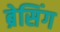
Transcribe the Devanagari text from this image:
ब्रेसिंग